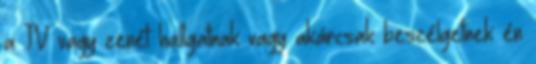
a TV vagy zenét hallgatnak vagy akárcsak beszélgetnek én